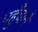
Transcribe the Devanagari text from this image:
पहुँचानें